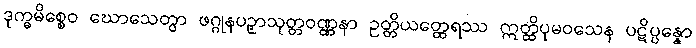
ဒုက္ခမိစ္စေဝ ဃောသေတွာ ဖဂ္ဂုနပဉှာသုတ္တဝဏ္ဏနာ ဥတ္တိယတ္ထေရဿ ဣတ္ထိပုမဝသေန ပဋိပ္ပန္နော